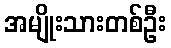
အမျိုးသားတစ်ဦး